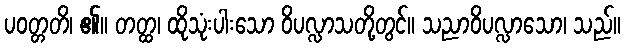
ပဝတ္တတိ၊ ၏။ တတ္ထ၊ ထိုသုံးပါးသော ဝိပလ္လာသတို့တွင်။ သညာဝိပလ္လာသော၊ သည်။